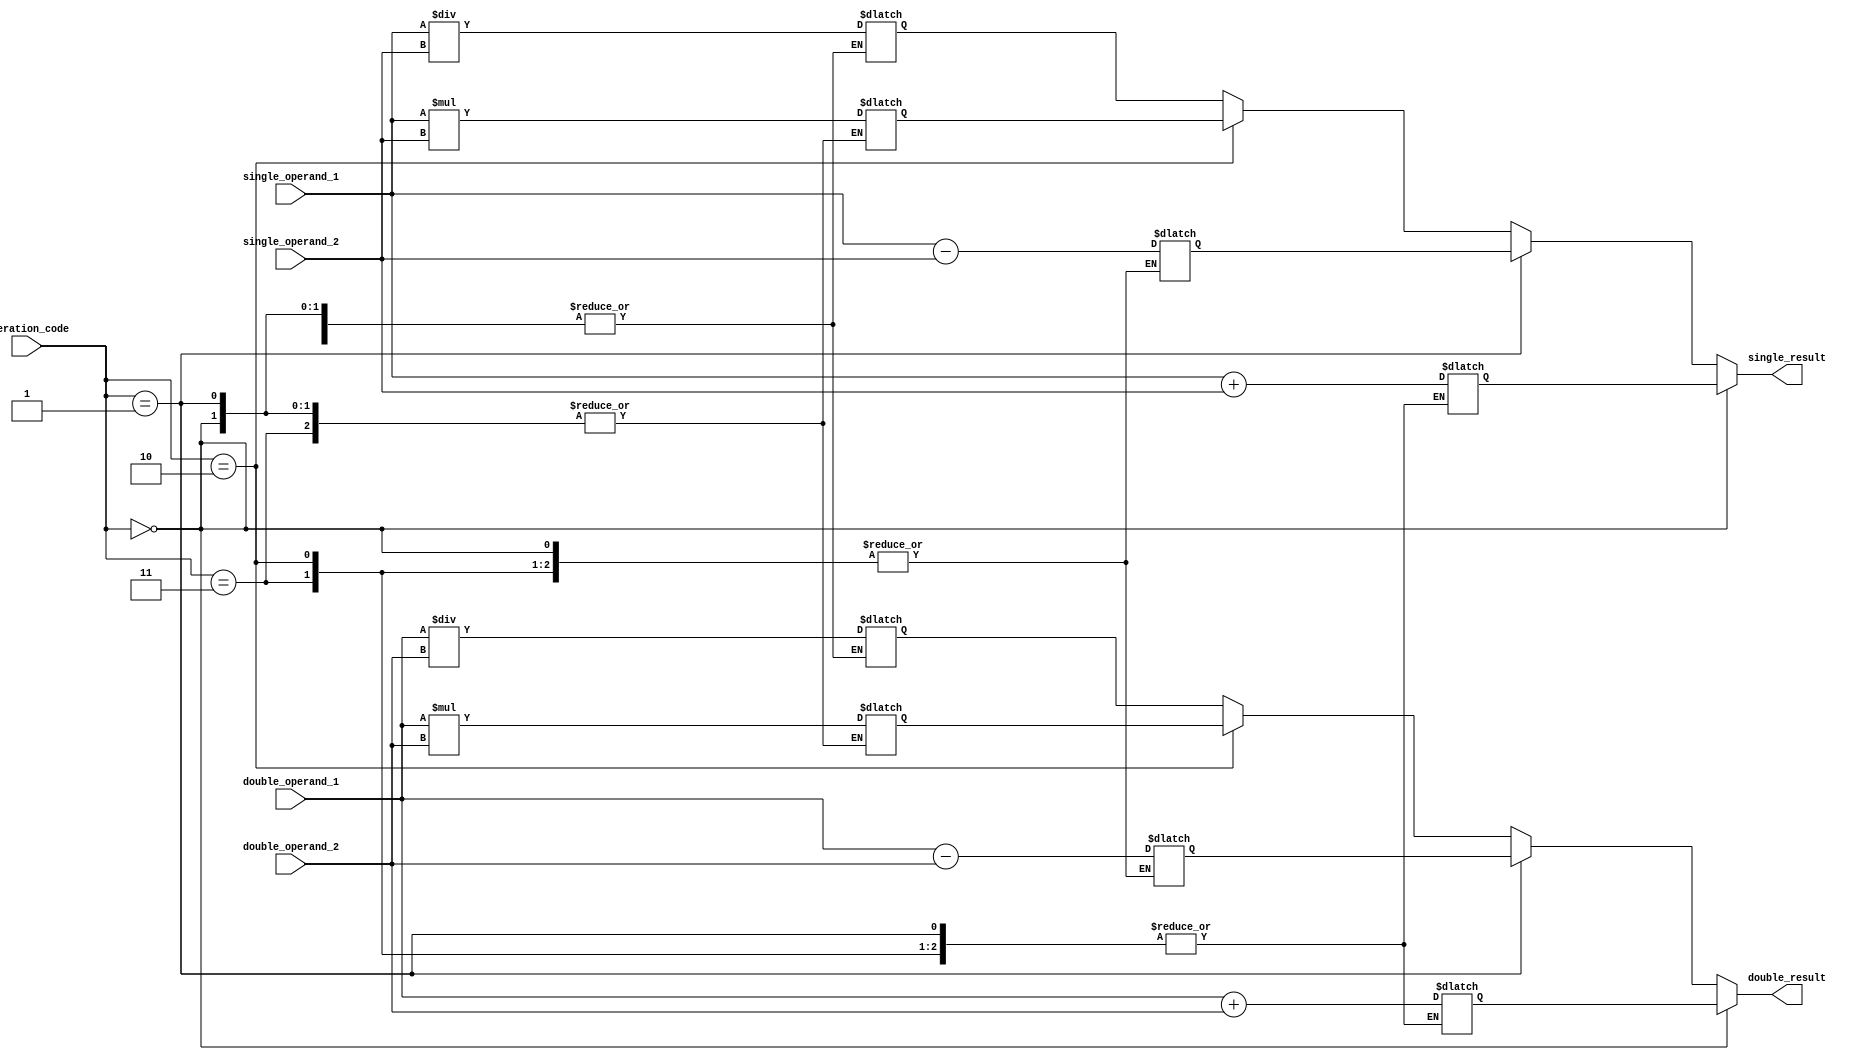
module mixed_precision_unit (
    input wire [31:0] single_operand_1,
    input wire [31:0] single_operand_2,
    input wire [63:0] double_operand_1,
    input wire [63:0] double_operand_2,
    input wire [1:0] operation_code, // 0: addition, 1: subtraction, 2: multiplication, 3: division
    output reg [31:0] single_result,
    output reg [63:0] double_result
);

reg [31:0] single_add_result;
reg [31:0] single_sub_result;
reg [31:0] single_mul_result;
reg [31:0] single_div_result;

reg [63:0] double_add_result;
reg [63:0] double_sub_result;
reg [63:0] double_mul_result;
reg [63:0] double_div_result;

always @(*)
begin
    case(operation_code)
        2'b00: // addition
            begin
                single_add_result = single_operand_1 + single_operand_2;
                double_add_result = double_operand_1 + double_operand_2;
            end
        2'b01: // subtraction
            begin
                single_sub_result = single_operand_1 - single_operand_2;
                double_sub_result = double_operand_1 - double_operand_2;
            end
        2'b10: // multiplication
            begin
                single_mul_result = single_operand_1 * single_operand_2;
                double_mul_result = double_operand_1 * double_operand_2;
            end
        2'b11: // division
            begin
                single_div_result = single_operand_1 / single_operand_2;
                double_div_result = double_operand_1 / double_operand_2;
            end
    endcase
end

assign single_result = (operation_code == 2'b00) ? single_add_result :
                        (operation_code == 2'b01) ? single_sub_result :
                        (operation_code == 2'b10) ? single_mul_result :
                                                    single_div_result;

assign double_result = (operation_code == 2'b00) ? double_add_result :
                        (operation_code == 2'b01) ? double_sub_result :
                        (operation_code == 2'b10) ? double_mul_result :
                                                    double_div_result;

endmodule